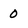
Character: 0